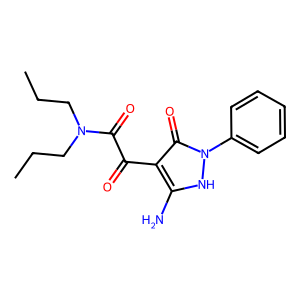
SMILES: CCCN(CCC)C(=O)C(=O)c1c(N)[nH]n(-c2ccccc2)c1=O
Inhibits HIV replication: No